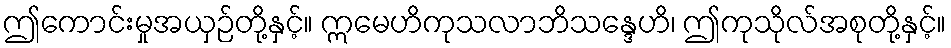
ဤကောင်းမှုအယှဉ်တို့နှင့်။ ဣမေဟိကုသလာဘိသန္ဒေဟိ၊ ဤကုသိုလ်အစုတို့နှင့်။